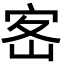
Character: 𡧸